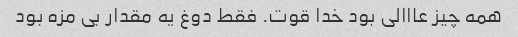
همه چیز عااالی بود خدا قوت. فقط دوغ یه مقدار بی مزه بود